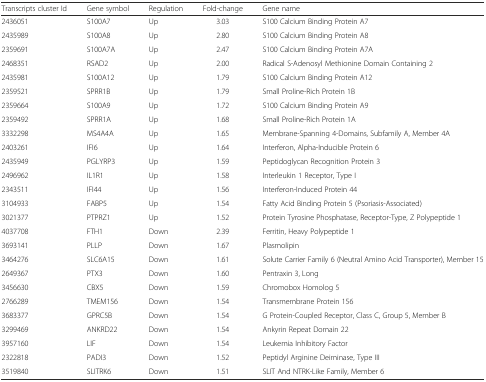
<table><thead><tr><td><b>Transcripts cluster Id</b></td><td><b>Gene symbol</b></td><td><b>Regulation</b></td><td><b>Fold-change</b></td><td><b>Gene name</b></td></tr></thead><tbody><tr><td>2436051</td><td>S100A7</td><td>Up</td><td>3.03</td><td>S100 Calcium Binding Protein A7</td></tr><tr><td>2435989</td><td>S100A8</td><td>Up</td><td>2.80</td><td>S100 Calcium Binding Protein A8</td></tr><tr><td>2359691</td><td>S100A7A</td><td>Up</td><td>2.47</td><td>S100 Calcium Binding Protein A7A</td></tr><tr><td>2468351</td><td>RSAD2</td><td>Up</td><td>2.00</td><td>Radical S-Adenosyl Methionine Domain Containing 2</td></tr><tr><td>2435981</td><td>S100A12</td><td>Up</td><td>1.79</td><td>S100 Calcium Binding Protein A12</td></tr><tr><td>2359521</td><td>SPRR1B</td><td>Up</td><td>1.79</td><td>Small Proline-Rich Protein 1B</td></tr><tr><td>2359664</td><td>S100A9</td><td>Up</td><td>1.72</td><td>S100 Calcium Binding Protein A9</td></tr><tr><td>2359492</td><td>SPRR1A</td><td>Up</td><td>1.68</td><td>Small Proline-Rich Protein 1A</td></tr><tr><td>3332298</td><td>MS4A4A</td><td>Up</td><td>1.65</td><td>Membrane-Spanning 4-Domains, Subfamily A, Member 4A</td></tr><tr><td>2403261</td><td>IFI6</td><td>Up</td><td>1.64</td><td>Interferon, Alpha-Inducible Protein 6</td></tr><tr><td>2435949</td><td>PGLYRP3</td><td>Up</td><td>1.59</td><td>Peptidoglycan Recognition Protein 3</td></tr><tr><td>2496962</td><td>IL1R1</td><td>Up</td><td>1.58</td><td>Interleukin 1 Receptor, Type I</td></tr><tr><td>2343511</td><td>IFI44</td><td>Up</td><td>1.56</td><td>Interferon-Induced Protein 44</td></tr><tr><td>3104933</td><td>FABP5</td><td>Up</td><td>1.54</td><td>Fatty Acid Binding Protein 5 (Psoriasis-Associated)</td></tr><tr><td>3021377</td><td>PTPRZ1</td><td>Up</td><td>1.52</td><td>Protein Tyrosine Phosphatase, Receptor-Type, Z Polypeptide 1</td></tr><tr><td>4037708</td><td>FTH1</td><td>Down</td><td>2.39</td><td>Ferritin, Heavy Polypeptide 1</td></tr><tr><td>3693141</td><td>PLLP</td><td>Down</td><td>1.67</td><td>Plasmolipin</td></tr><tr><td>3464276</td><td>SLC6A15</td><td>Down</td><td>1.61</td><td>Solute Carrier Family 6 (Neutral Amino Acid Transporter), Member 15</td></tr><tr><td>2649367</td><td>PTX3</td><td>Down</td><td>1.60</td><td>Pentraxin 3, Long</td></tr><tr><td>3456630</td><td>CBX5</td><td>Down</td><td>1.59</td><td>Chromobox Homolog 5</td></tr><tr><td>2766289</td><td>TMEM156</td><td>Down</td><td>1.54</td><td>Transmembrane Protein 156</td></tr><tr><td>3683377</td><td>GPRC5B</td><td>Down</td><td>1.54</td><td>G Protein-Coupled Receptor, Class C, Group 5, Member B</td></tr><tr><td>3299469</td><td>ANKRD22</td><td>Down</td><td>1.54</td><td>Ankyrin Repeat Domain 22</td></tr><tr><td>3957160</td><td>LIF</td><td>Down</td><td>1.54</td><td>Leukemia Inhibitory Factor</td></tr><tr><td>2322818</td><td>PADI3</td><td>Down</td><td>1.52</td><td>Peptidyl Arginine Deiminase, Type III</td></tr><tr><td>3519840</td><td>SLITRK6</td><td>Down</td><td>1.51</td><td>SLIT And NTRK-Like Family, Member 6</td></tr></tbody></table>